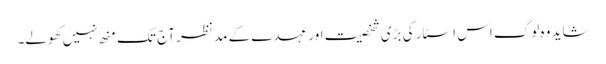
شاید وہ لوگ اس اسٹار کی بڑی شخصیت اور عہدے کے مد نظر آج تک منھ نہیں کھولے۔